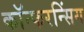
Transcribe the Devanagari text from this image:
कॉन्फरन्सिंग